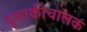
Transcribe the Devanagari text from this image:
दुचाकीचालक